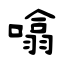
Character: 噏